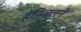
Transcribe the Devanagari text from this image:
हॅनिबलने